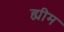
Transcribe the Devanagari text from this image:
ह्यीम